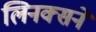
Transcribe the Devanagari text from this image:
लिनक्सने